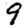
Digit: 9